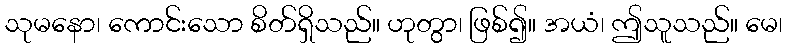
သုမနော၊ ကောင်းသော စိတ်ရှိသည်။ ဟုတွာ၊ ဖြစ်၍။ အယံ၊ ဤသူသည်။ မေ၊